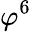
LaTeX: \varphi^{6}